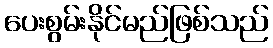
ပေးစွမ်းနိုင်မည်ဖြစ်သည်